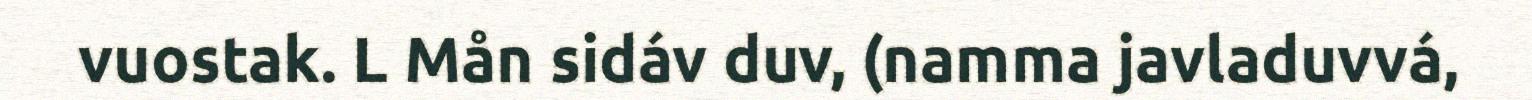
vuostak. L Mån sidáv duv, (namma javladuvvá,